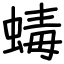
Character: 蝳